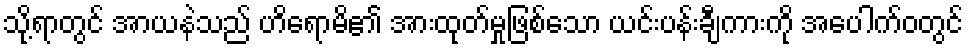
သို့ရာတွင် အာယနဲသည် ဟိရောမိ၏ အားထုတ်မှုဖြစ်သော ယင်းပန်းချီကားကို အပေါက်ဝတွင်